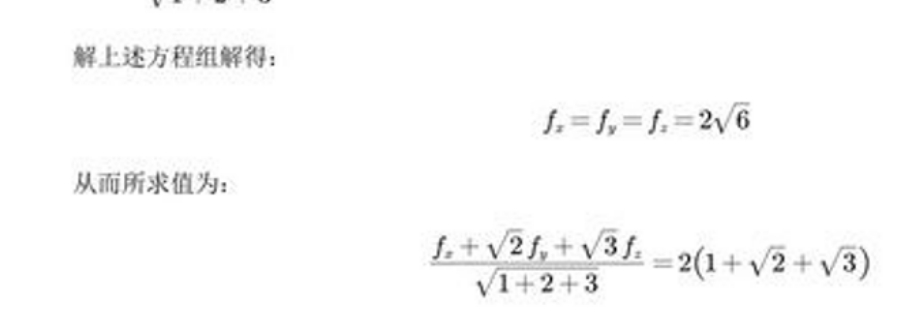
解上述方程组解得：
\[f_x = f_y = f_z = 2\sqrt{6}\]
从而所求值为：
\[\frac{f_x+\sqrt{2}f_y+\sqrt{3}f_z}{\sqrt{1 + 2+3}}=2(1+\sqrt{2}+\sqrt{3})\]